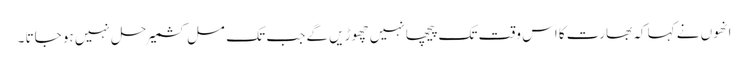
انھوں نے کہا کہ بھارت کا اس وقت تک پیچھا نہیں چھوڑیں گے جب تک مسل کشمیر حل نہیں ہو جاتا ۔